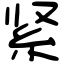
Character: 紧